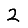
Digit: 2